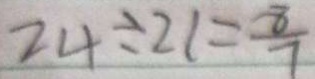
2 4 \div 2 1 = \frac { 8 } { 7 }